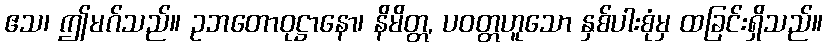
ဧသ၊ ဤမဂ်သည်။ ဥဘတောဝုဋ္ဌာနော၊ နိမိတ္တ, ပဝတ္တဟူသော နှစ်ပါးစုံမှ ထခြင်းရှိသည်။